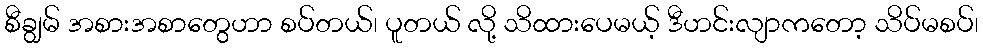
စီချွမ် အစားအစာတွေဟာ စပ်တယ်၊ ပူတယ် လို့ သိထားပေမယ့် ဒီဟင်းလျာကတော့ သိပ်မစပ်၊